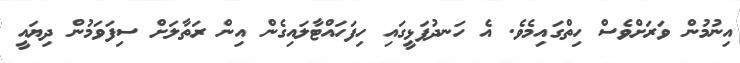
އިނުމުން ވަރަށްވެސް ހިތްގައިމެވެ. އެ ހަނދުފަޅީގައި ހިފަހައްޓާލައިގެން އިން ރަތާލަށް ސިފަވަމުން ދިޔައީ